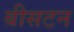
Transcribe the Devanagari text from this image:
बीसटन